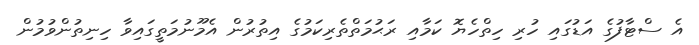
އެ ސްޓާފުގެ އަޑުގައި ހުރި ހިތްހެޔޮ ކަމާއި ރަޙުމަތްތެރިކަމުގެ އިތުރުން އެމޫނުމަތީގައިވާ ހިނިތުންވުމުން